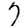
Digit: 7